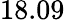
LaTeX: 18.09